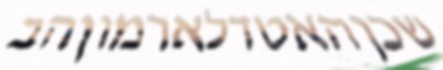
שכןהאטדלארמוןהב